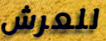
للعرش